Lunatic asylums in Bengal annual reports 1912-1924 - 1912-1924
Year: 1912
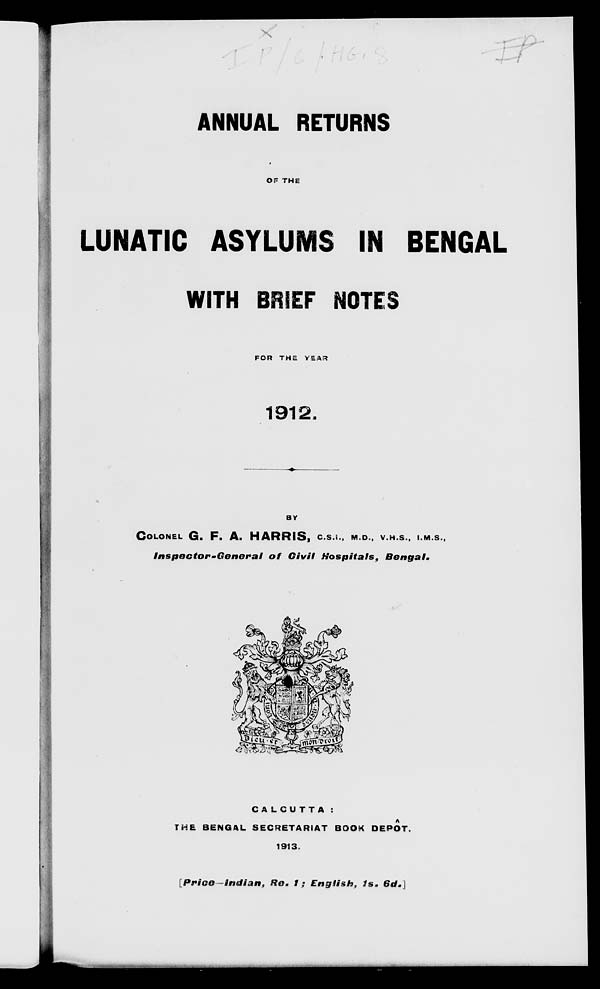
ANNUAL RETURNS
OF THE
LUNATIC ASYLUMS IN BENGAL
WITH BRIEF NOTES
FOR THE YEAR
1912.
BY
COLONEL G. F. A. HARRIS, C.S.I., M.D., V. H. S., I.M. S.,
Inspector-General
of Civil
Hospitals,
Bengal.
CALCUTTA :
THE BENGAL SECRETARIAT BOOK DEPÔT.
1913.
[Price—Indian,
Re. 1; English,
1s. 6d.]